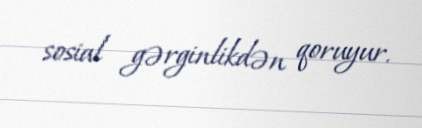
sosial gərginlikdən qoruyur.